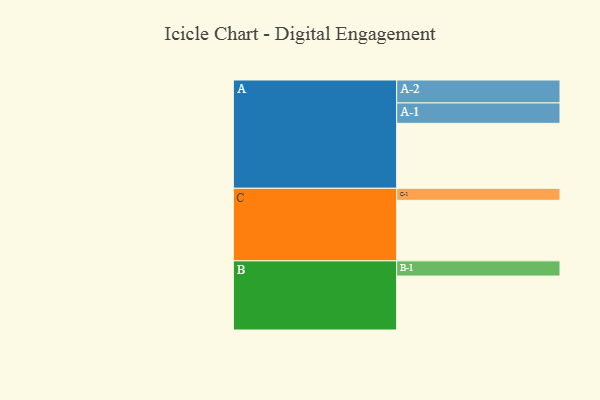
{"axis": {"x": "Segment", "y": "Value"}, "legend": ["", "A", "B", "C"], "data": [{"x": "A", "y": 513, "type": ""}, {"x": "B", "y": 426, "type": ""}, {"x": "C", "y": 478, "type": ""}, {"x": "A-1", "y": 161, "type": "A"}, {"x": "A-2", "y": 181, "type": "A"}, {"x": "B-1", "y": 120, "type": "B"}, {"x": "C-1", "y": 95, "type": "C"}]}